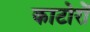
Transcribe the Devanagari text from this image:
काटोरों